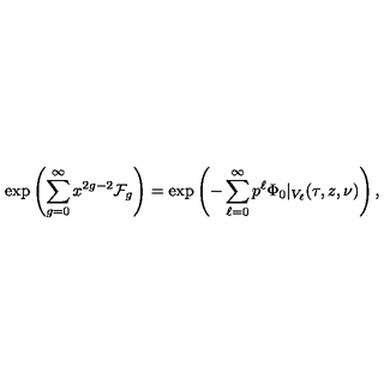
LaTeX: \exp \left( \sum _ { g = 0 } ^ { \infty } x ^ { 2 g - 2 } \mathcal { F } _ { g } \right) = \exp \left( - \sum _ { \ell = 0 } ^ { \infty } p ^ { \ell } \Phi _ { 0 } \vert _ { V _ { \ell } } ( \tau , z , \nu ) \right) ,